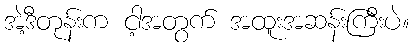
အဲ့ဒီတုန်းက ငါ့အတွက် အထူးအဆန်းကြီးပဲ။